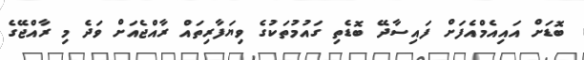
ބޮޑަށް އައިއެމްއެފަށް ފައިސާދޭ ބޮޑެތި ގައުމުތަކުގެ ވިޔަފާރިތައް ރާއްޖެއަށް ވަދެ މި ރާއްޖޭގެ